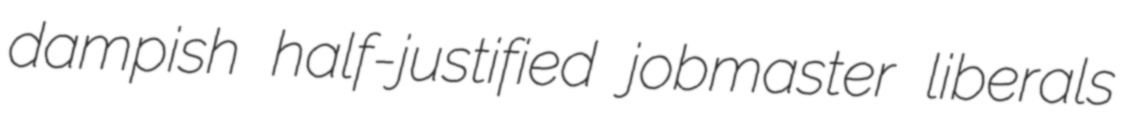
dampish half-justified jobmaster liberals